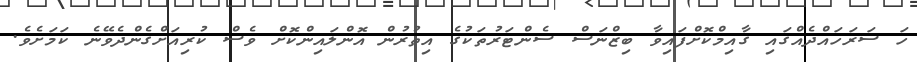
ހަ ސަރަހައްދެއްގައި ގާއިމްކޮށްފައިވާ ބިޒްނަސް ސެންޓަރުތަކުގެ އިތުރުން އޮންލައިންކޮށް ވެސް ކުރިއަށްގެންދެވޭނެ ކަމަށެވެ.